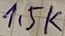
Text: 1,5K